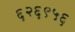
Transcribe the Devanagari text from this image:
६२६९५६